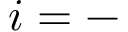
i = -